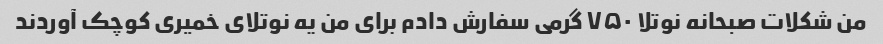
من شکلات صبحانه نوتلا ۷۵۰ گرمی سفارش دادم برای من یه نوتلای خمیری کوچک آوردند